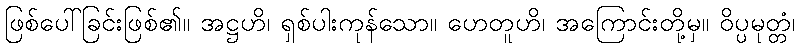
ဖြစ်ပေါ်ခြင်းဖြစ်၏။ အဋ္ဌဟိ၊ ရှစ်ပါးကုန်သော။ ဟေတူဟိ၊ အကြောင်းတို့မှ။ ဝိပ္ပမုတ္တံ၊